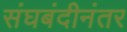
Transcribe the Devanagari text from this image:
संघबंदीनंतर